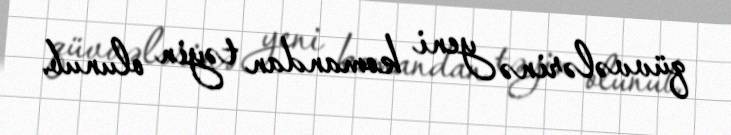
qüvvələrinə yeni komandan təyin olunub.